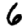
Digit: 6